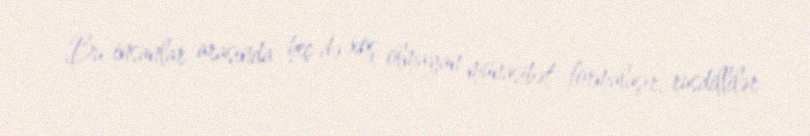
Bu insanlar arasında heç də xoş olmayan münasibət formalaşır, rusdillilər